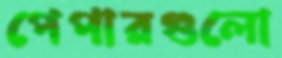
পেপারগুলো